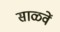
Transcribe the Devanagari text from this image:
साळवें